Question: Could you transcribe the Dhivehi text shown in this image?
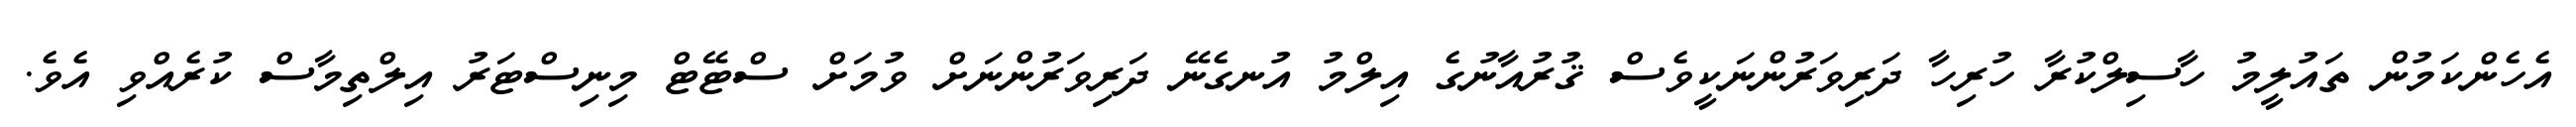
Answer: އެހެންކަމުން ތައުލީމު ހާސިލްކުރާ ހުރިހާ ދަރިވަރުންނަކީވެސް ޤުރުއާނުގެ އިލްމު އުނގެނޭ ދަރިވަރުންނަށް ވުމަށް ސްޓޭޓް މިނިސްޓަރު އިލްތިމާސް ކުރެއްވި އެވެ.